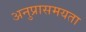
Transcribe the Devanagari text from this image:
अनुप्रासमयता